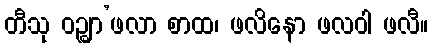
တီသု ဝဉ္စျာ’ဖလာ စာထ၊ ဖလိနော ဖလဝါ ဖလီ။